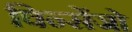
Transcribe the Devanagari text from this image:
विन्सेंजो